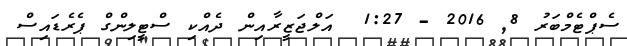
ސެޕްޓެމްބަރު 8